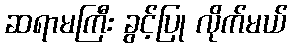
ဆရာမကြီး ခွင့်ပြု လိုက်မယ်